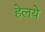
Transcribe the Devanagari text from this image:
हेलये